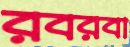
রবরবা